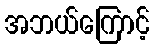
အဘယ်ကြောင့်